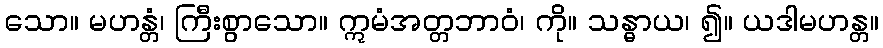
သော။ မဟန္တံ၊ ကြီးစွာသော။ ဣမံအတ္တဘာဝံ၊ ကို။ သန္ဓာယ၊ ၍။ ယဒါမဟန္တ။